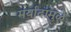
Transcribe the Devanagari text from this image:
मर्यांदांमुळे